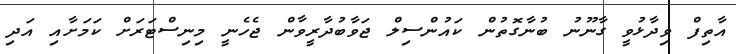
އާތިފް ވިދާޅުވީ ގާނޫނު ބުނާގޮތުން ކައުންސިލް ޖަވާބުދާރީވާން ޖެހެނީ މިނިސްޓަރަށް ކަމަށާއި އަދި